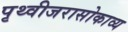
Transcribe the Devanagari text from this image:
पृथ्वीजरासोकाव्य